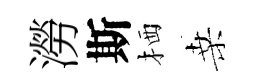
澇斯栖桑